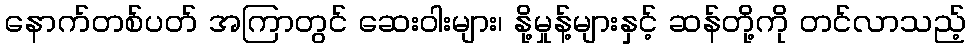
နောက်တစ်ပတ် အကြာတွင် ဆေးဝါးများ၊ နို့မှုန့်များနှင့် ဆန်တို့ကို တင်လာသည့်